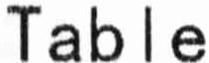
TABLE